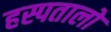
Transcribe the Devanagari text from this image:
हस्पतालो